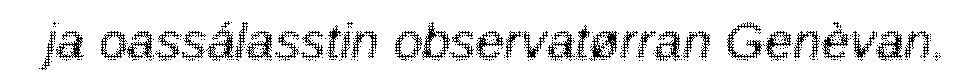
ja oassálasstin observatørran Genèvan.